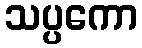
သပ္ပကော